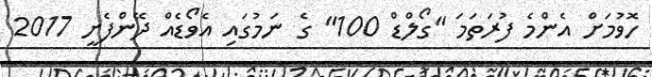
ހޮވުމަށް އެންމެ ފުރަތަމަ "ގޯލްޑް 100" ގެ ނަމުގައި އެވޯޑެއް ދޭންފެށީ 2017